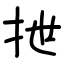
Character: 抴